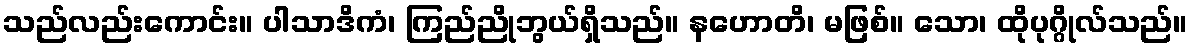
သည်လည်းကောင်း။ ပါသာဒိကံ၊ ကြည်ညိုဘွယ်ရှိသည်။ နဟောတိ၊ မဖြစ်။ သော၊ ထိုပုဂ္ဂိုလ်သည်။